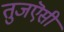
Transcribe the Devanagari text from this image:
तुजऎसी